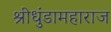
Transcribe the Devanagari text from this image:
श्रीधुंडामहाराज